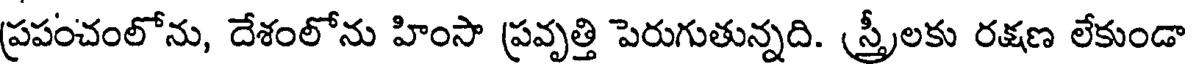
ప్రపంచంలోను, దేశంలోను హింసా ప్రవృత్తి పెరుగుతున్నది. (స్త్రీలకు రక్షణ లేకుండా